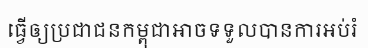
ធ្វើឲ្យប្រជាជនកម្ពុជាអាចទទួលបានការអប់រំ